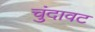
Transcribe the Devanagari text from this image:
चुंदावट